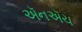
ઍનઍચ